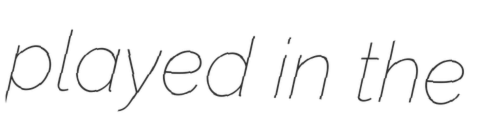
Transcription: played in the